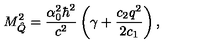
M _ { \hat { Q } } ^ { 2 } = \frac { \alpha _ { 0 } ^ { 2 } \hbar ^ { 2 } } { c ^ { 2 } } \left( \gamma + \frac { c _ { 2 } q ^ { 2 } } { 2 c _ { 1 } } \right) ,